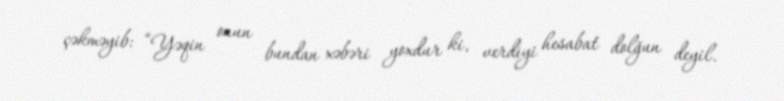
çəkməyib: “Yəqin onun bundan xəbəri yoxdur ki, verdiyi hesabat dolğun deyil.